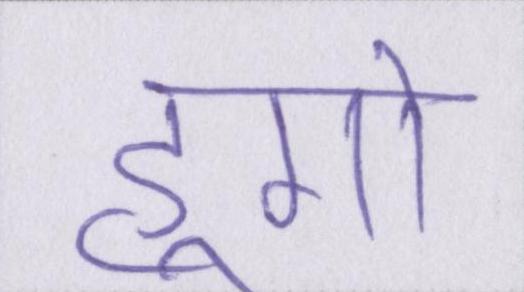
हूगो